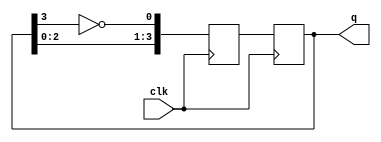
module johnson_counter(
    input wire clk,
    output reg [3:0] q
);

reg [3:0] d;
always @(posedge clk) begin
    d[0] <= ~q[3];
    d[1] <= q[0];
    d[2] <= q[1];
    d[3] <= q[2];
    q <= d;
end

endmodule